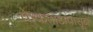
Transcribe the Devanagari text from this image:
केकताडापासून